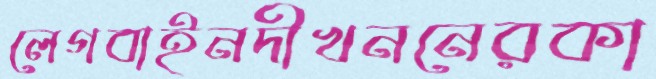
লেগবাইনদীখননেরকা